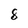
Character: 8